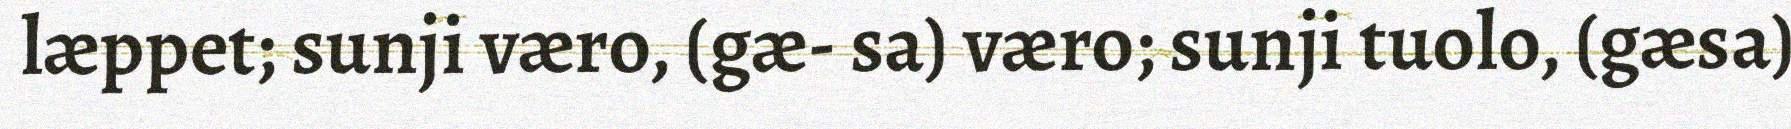
læppet; sunji væro, (gæ- sa) væro; sunji tuolo, (gæsa)